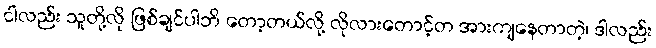
ငါလည်း သူတို့လို ဖြစ်ချင်ပါဘိ တော့တယ်လို့ လိုလားတောင့်တ အားကျနေတာတဲ့၊ ဒါလည်း